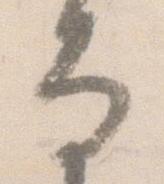
な